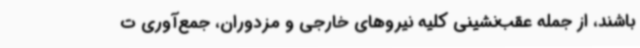
باشند، از جمله عقب‌نشینی کلیه نیروهای خارجی و مزدوران، جمع‌آوری ت